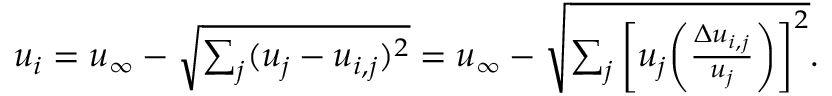
\begin{array} { r } { u _ { i } = u _ { \infty } - \sqrt { \sum _ { j } ( u _ { j } - u _ { i , j } ) ^ { 2 } } = u _ { \infty } - \sqrt { \sum _ { j } \bigg [ u _ { j } \bigg ( \frac { \Delta u _ { i , j } } { u _ { j } } \bigg ) \bigg ] ^ { 2 } } . } \end{array}